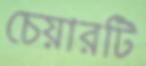
চেয়ারটি